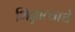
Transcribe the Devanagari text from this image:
भिन्नात्वाचे